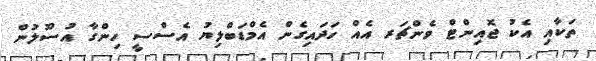
ތަކާއި އެކު ޖޮއިންޓް ވެންޗަރ އެއް ހަދައިގެން އެމްޑަބްލިޔު އެސްސީ ހިންގާ އުސޫލުން